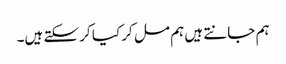
ہم جانتے ہیں ہم مل کر کیا کر سکتے ہیں۔